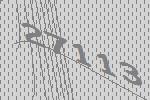
27113